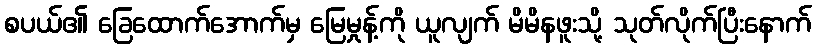
စပယ်၏ ခြေထောက်အောက်မှ မြေမှုန့်ကို ယူလျက် မိမိနဖူးသို့ သုတ်လိုက်ပြီးနောက်